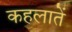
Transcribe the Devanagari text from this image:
कहलातें